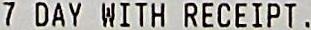
7 DAY WITH RECEIPT.